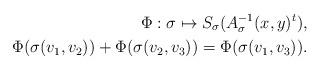
LaTeX: \begin{align*}\Phi:\sigma \mapsto S_\sigma(A_{\sigma}^{-1}(x,y)^{t}), \\\Phi(\sigma(v_1,v_2)) + \Phi(\sigma(v_2,v_3)) = \Phi(\sigma(v_1,v_3)).\end{align*}